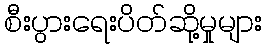
စီးပွားရေးပိတ်ဆို့မှုများ